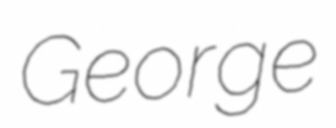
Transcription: George